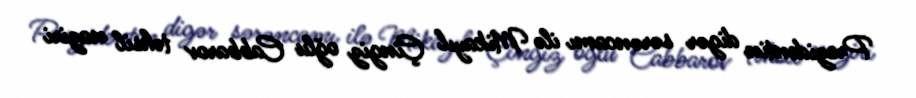
Prezidentin digər sərəncamı ilə Mikayıl Çingiz oğlu Cabbarov təhsil naziri